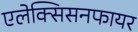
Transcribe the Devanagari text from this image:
एलेक्सिसनफायर